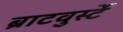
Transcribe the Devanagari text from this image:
ब्राटवुर्स्टे